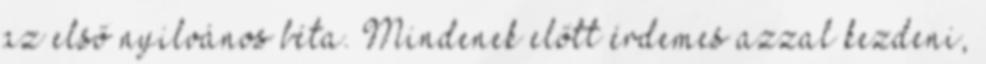
az első nyilvános béta. Mindenek előtt érdemes azzal kezdeni,